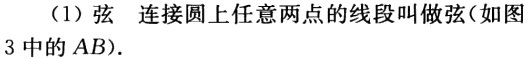
（1）弦 连接圆上任意两点的线段叫做弦(如图3中的\(AB\)).